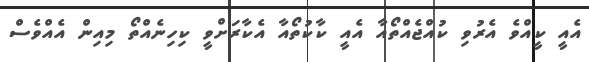
އެއީ ކީއްވެ އެރުވި ކުއްޖެއްތޯއާ އެއީ ކާކުތޯއާ އެކާރަށްވީ ކިހިނެއްތޯ މިއިން އެއްވެސް